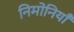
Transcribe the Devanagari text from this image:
निमोनियाँ